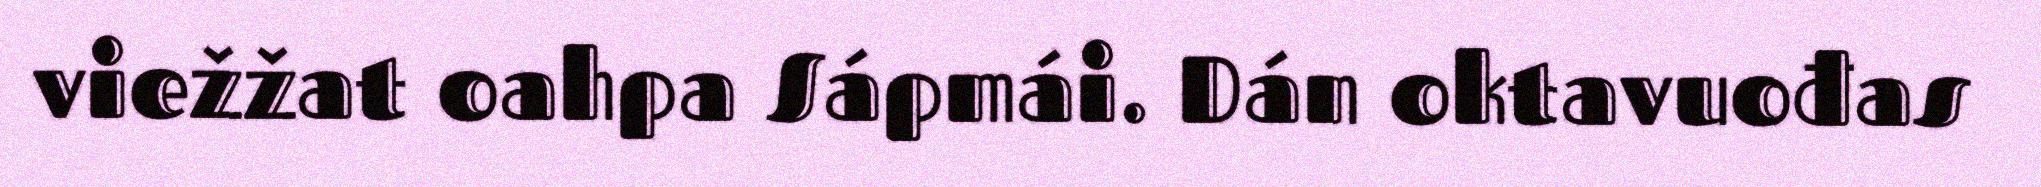
viežžat oahpa Sápmái. Dán oktavuođas